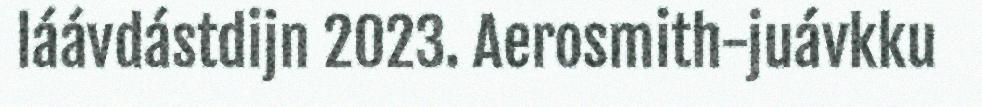
láávdástdijn 2023. Aerosmith-juávkku